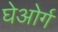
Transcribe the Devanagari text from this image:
घेओर्ग